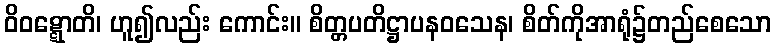
ဝိဝဋ္ဋောတိ၊ ဟူ၍လည်း ကောင်း။ စိတ္တပတိဋ္ဌာပနဝသေန၊ စိတ်ကိုအာရုံ၌တည်စေသော